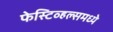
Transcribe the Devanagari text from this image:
फेस्टिव्हल्समध्ये